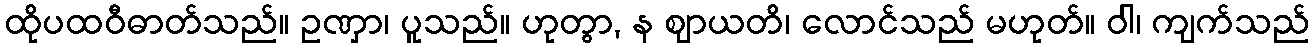
ထိုပထဝီဓာတ်သည်။ ဥဏှာ၊ ပူသည်။ ဟုတွာ, န ဈာယတိ၊ လောင်သည် မဟုတ်။ ဝါ၊ ကျက်သည်